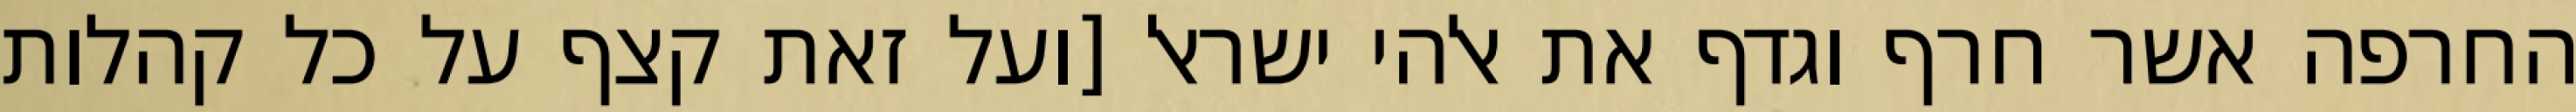
החרפה אשר חרף וגדף את אלהי ישראל [ועל זאת קצף על כל קהלות